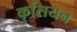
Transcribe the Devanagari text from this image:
कृसियन